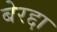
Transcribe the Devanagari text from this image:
बेरद्दा